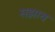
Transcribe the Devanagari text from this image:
सझाव